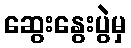
ဆွေးနွေးပွဲမှ